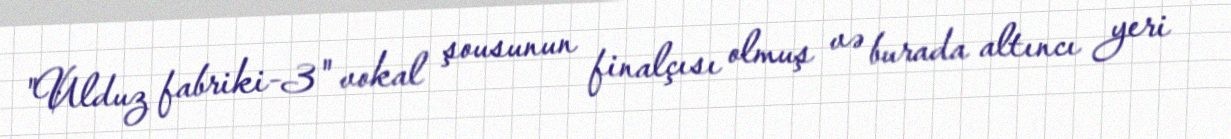
"Ulduz fabriki-3" vokal şousunun finalçısı olmuş və burada altıncı yeri